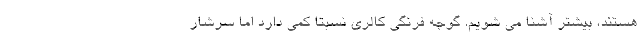
هستند، بیشتر آشنا می شویم. گوجه فرنگی کالری نسبتا کمی دارد اما سرشار